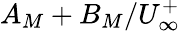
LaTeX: A_{M}+B_{M}/U_{\infty}^{+}